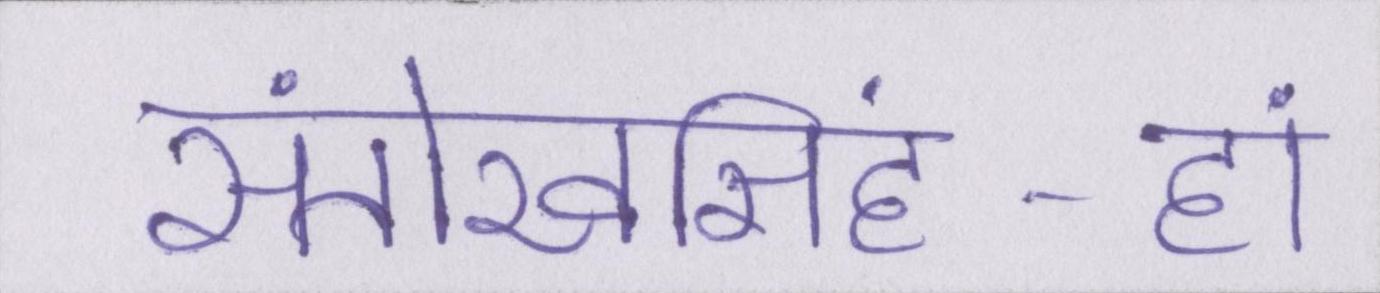
संतोखसिंह-हां